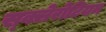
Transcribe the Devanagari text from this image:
स्क्लेरोटियम